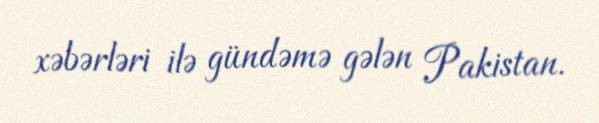
xəbərləri ilə gündəmə gələn Pakistan.